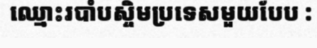
ឈ្មោះរបាំបស្ចិមប្រទេសមួយបែប :